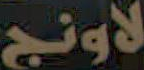
لاونج